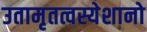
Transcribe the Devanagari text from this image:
उतामृतत्वस्येशानो